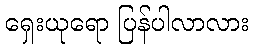
ရှေးယုရော ပြန်ပါလာလား